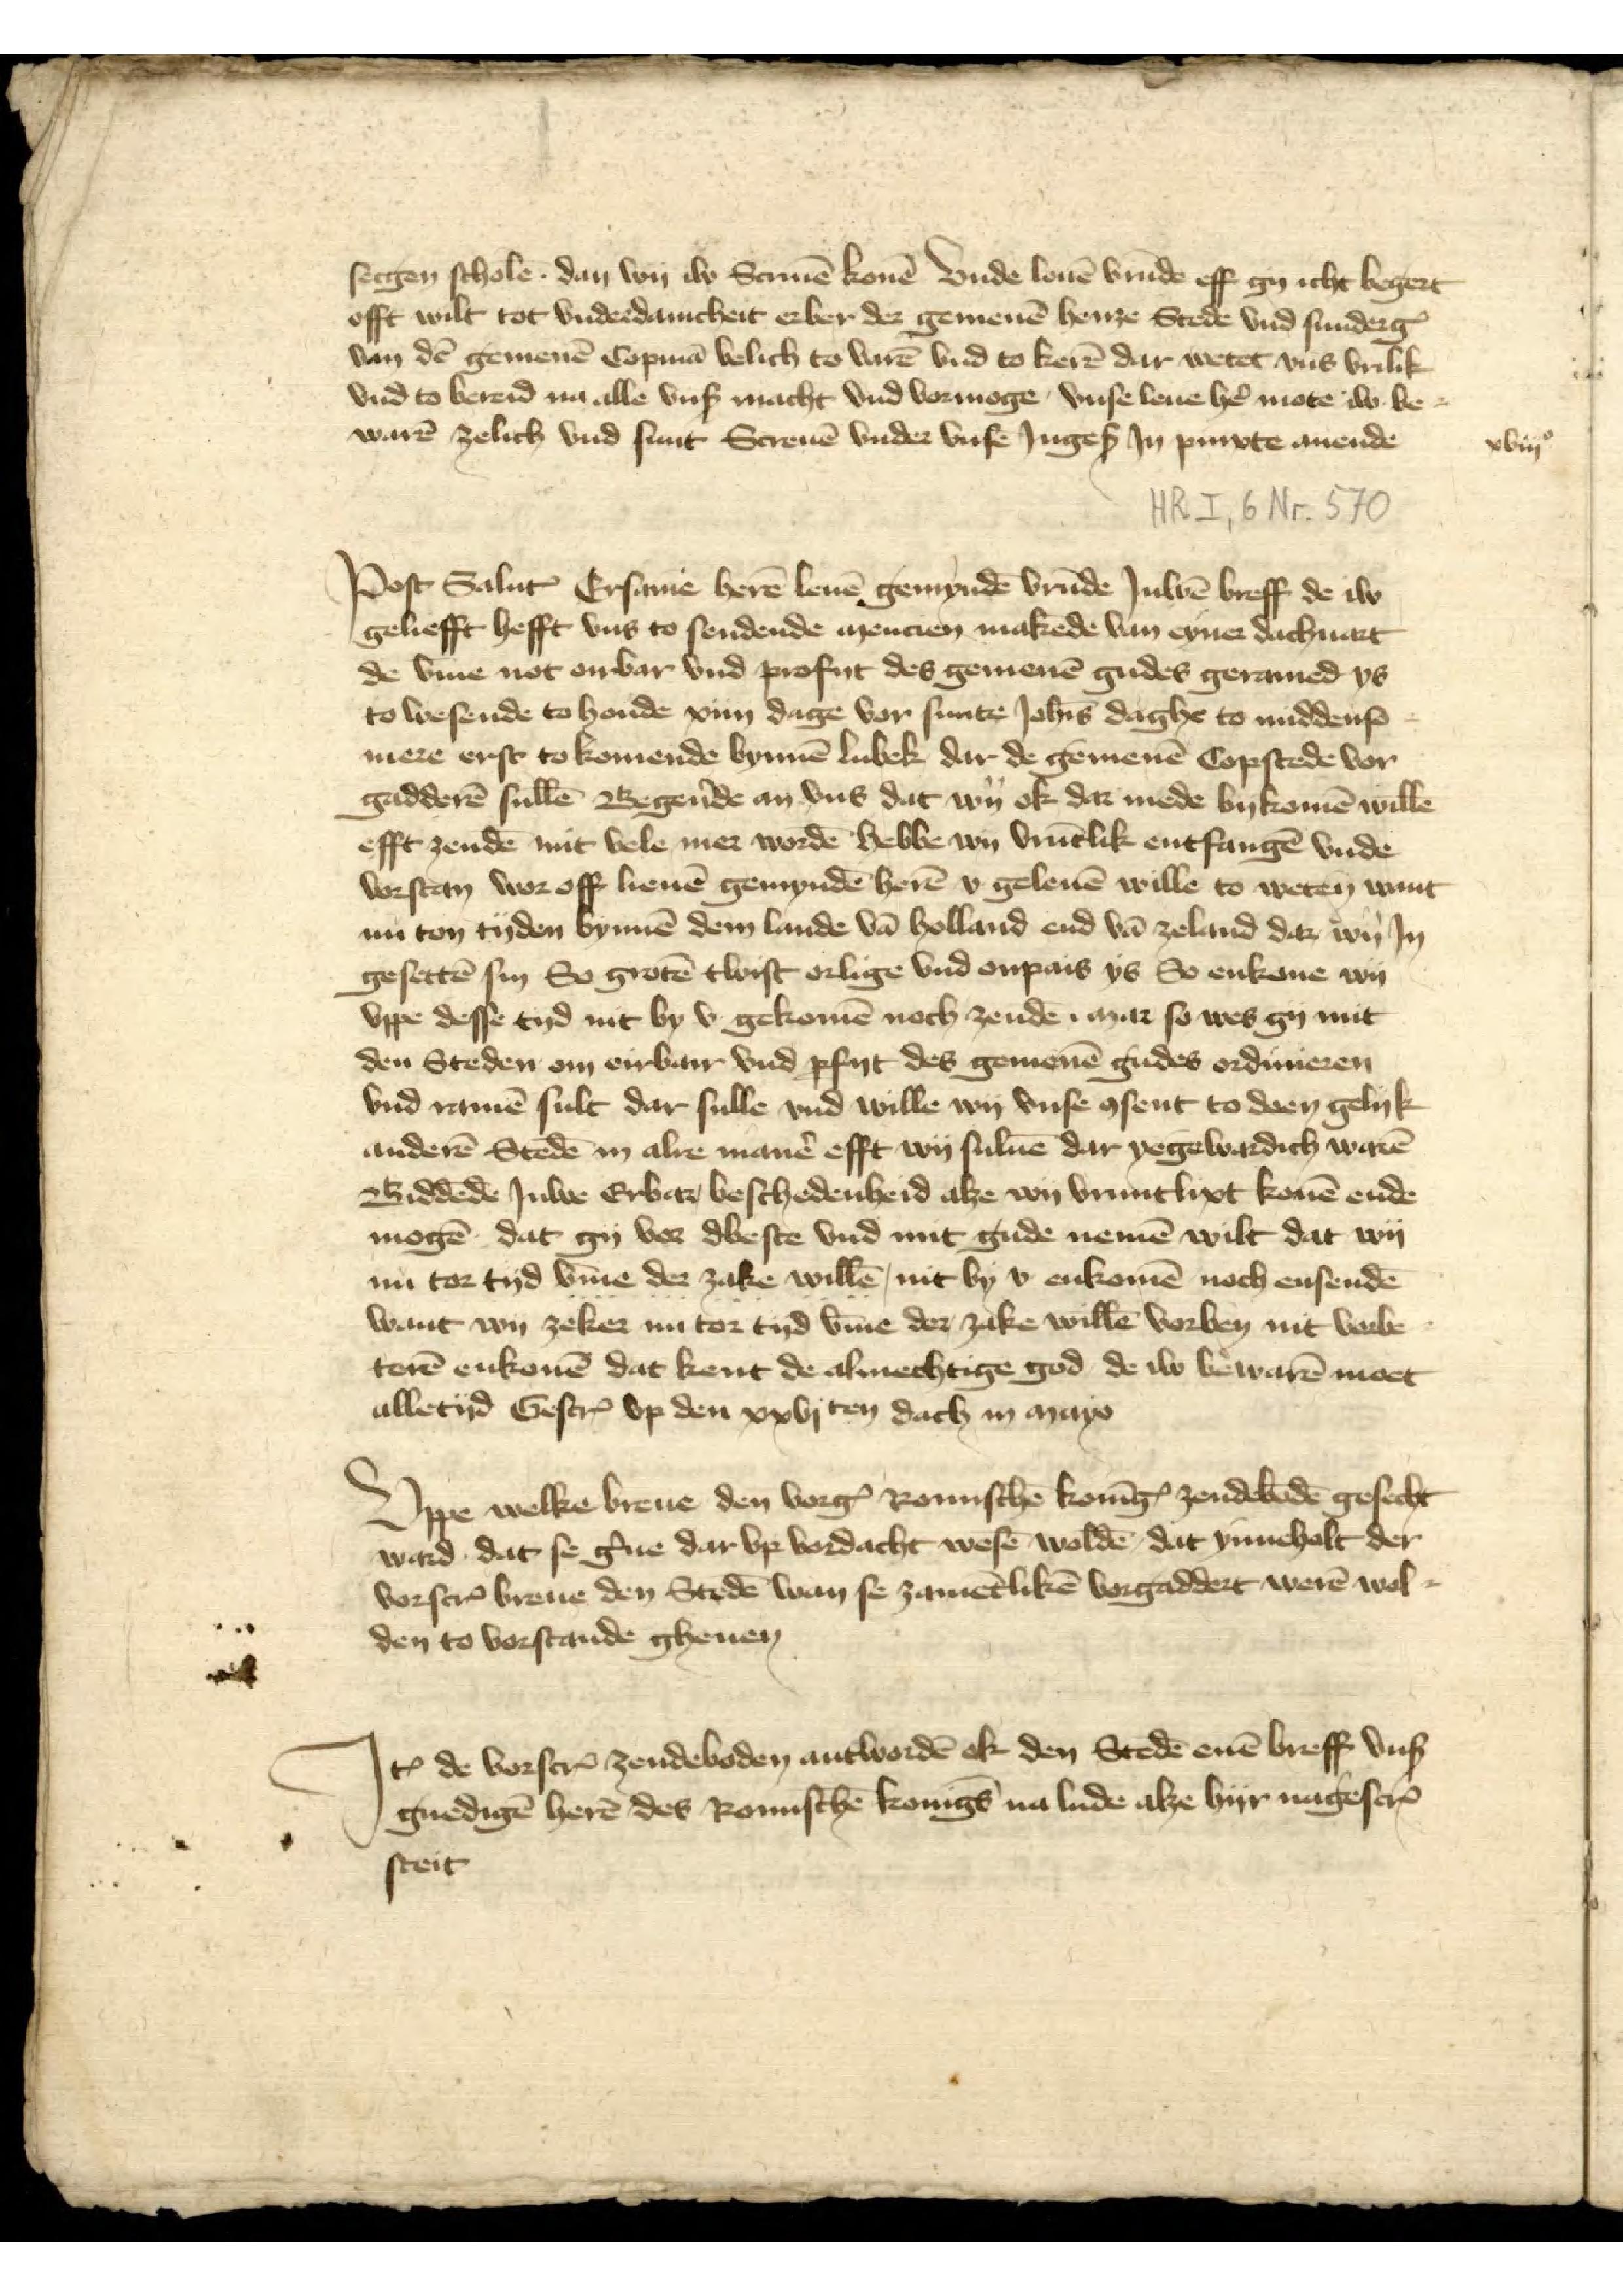
sergen scholē dan von iw Screuē konē vnde louē vrūde eff gy echt begert
offt wilt tot vnderdanicheit erber der gemenē henze Stede vnd sundergꝬ
van dē gemenē Copmā velich to varē vnd to kerē dar wetet vns vrilik
vnd to bereid na alle vnß macht vnd vormoge vnse leue hẻ mote iw be¬
warē zelich vnd sunt Screuē vnder vnse Ingeß in pinxte auende

xviijc

Post Saluꝷ Ersame herē leuē gemyndē vrūde Juwē breff de iw
gehefft hefft vns to sendende mencien makēde van eyner dachuart
de v̄me not onbar vnd profut des gemenē gudes geramed ys
to wesende to honde xiiij dage vor sunte Joh̄is daghe to middenso¬
mere erste to komende bynnē Lubek dar de gemenē Copstede vor¬
gadderē sullē Begẻnde an vns dat wy ok dar mede bykomē willē
efft zendē mit vele mer wordē hebben wy vrūtlik entfangē vnde
vorstan woroff leuē gemyndē herē v geleuē wille to weten want
nu ton tyden bynnē dem lande vā Holland end vā Zeland dar wy Jn
gesettē sin so grotē twist orlige vnd onpais ys So enkone wy
vppe desse tyd nit by v gekomē noch zendē mar so wes gy mit
den Steden om eirban vnd pfyt des gemenē gudes ordurieren
vnd ramē sult dar sulle vnd wille wy vnse asent to deen gelyk
anderē Stedē in awe manē efft wy suluē dar yegewardich warē
Biddēde Julve Erbar beschedenheid alze wy vruntlixt konē ende
mogē dat gy vor dbeste vnd mit gude nemē wilt dat wy
nu tor tyd v̄me der zake willē mit by v enkomē noch ensendē
want wy zeker nu tor tyd v̄me der zake willē vorbeņ mit vorbe¬
terē enkonē dat kent de almechtige god de iw bewarē moet
alletyd GescrꝬ vp den xxvjten dach in mayo

Vppe welke breue den vorgꝬ Romischē KonīgꝬ zendebodē gesecht
ward dat se g̉ne da vp vordacht wesē woldē dat ynnehalt der
vorgscrꝬ breue den Stedē wan se zamētlikē vorgaddert werē wol¬
den to vorstande gheuen

Jtem de vorscrꝬ zendeboden antwordē ok den Stedē enē breff vnß
gnedigē herē des Romischē Konīgs na lude alze hyr nagescrꝬ
steit

steit